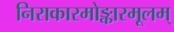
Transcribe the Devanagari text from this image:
निराकारमोङ्कारमूलम्